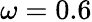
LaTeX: \omega=0.6